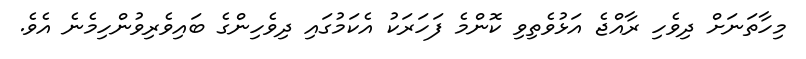
މިހާތަނަށް ދިވެހި ރާއްޖެ އަޅުވެތިވި ކޮންމެ ފަހަރަކު އެކަމުގައި ދިވެހިންގެ ބައިވެރިވުންހިމެނެ އެވެ.